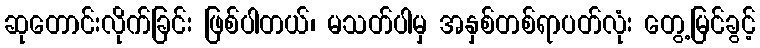
ဆုတောင်းလိုက်ခြင်း ဖြစ်ပါတယ်၊ မသတ်ပါမှ အနှစ်တစ်ရာပတ်လုံး တွေ့မြင်ခွင့်